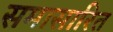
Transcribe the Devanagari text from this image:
समासारित